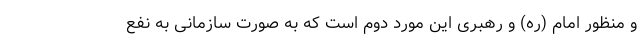
و منظور امام (ره) و رهبری این مورد دوم است که به صورت سازمانی به نفع